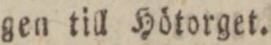
gen till Hötorget.